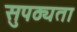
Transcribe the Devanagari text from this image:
सुपठ्यता